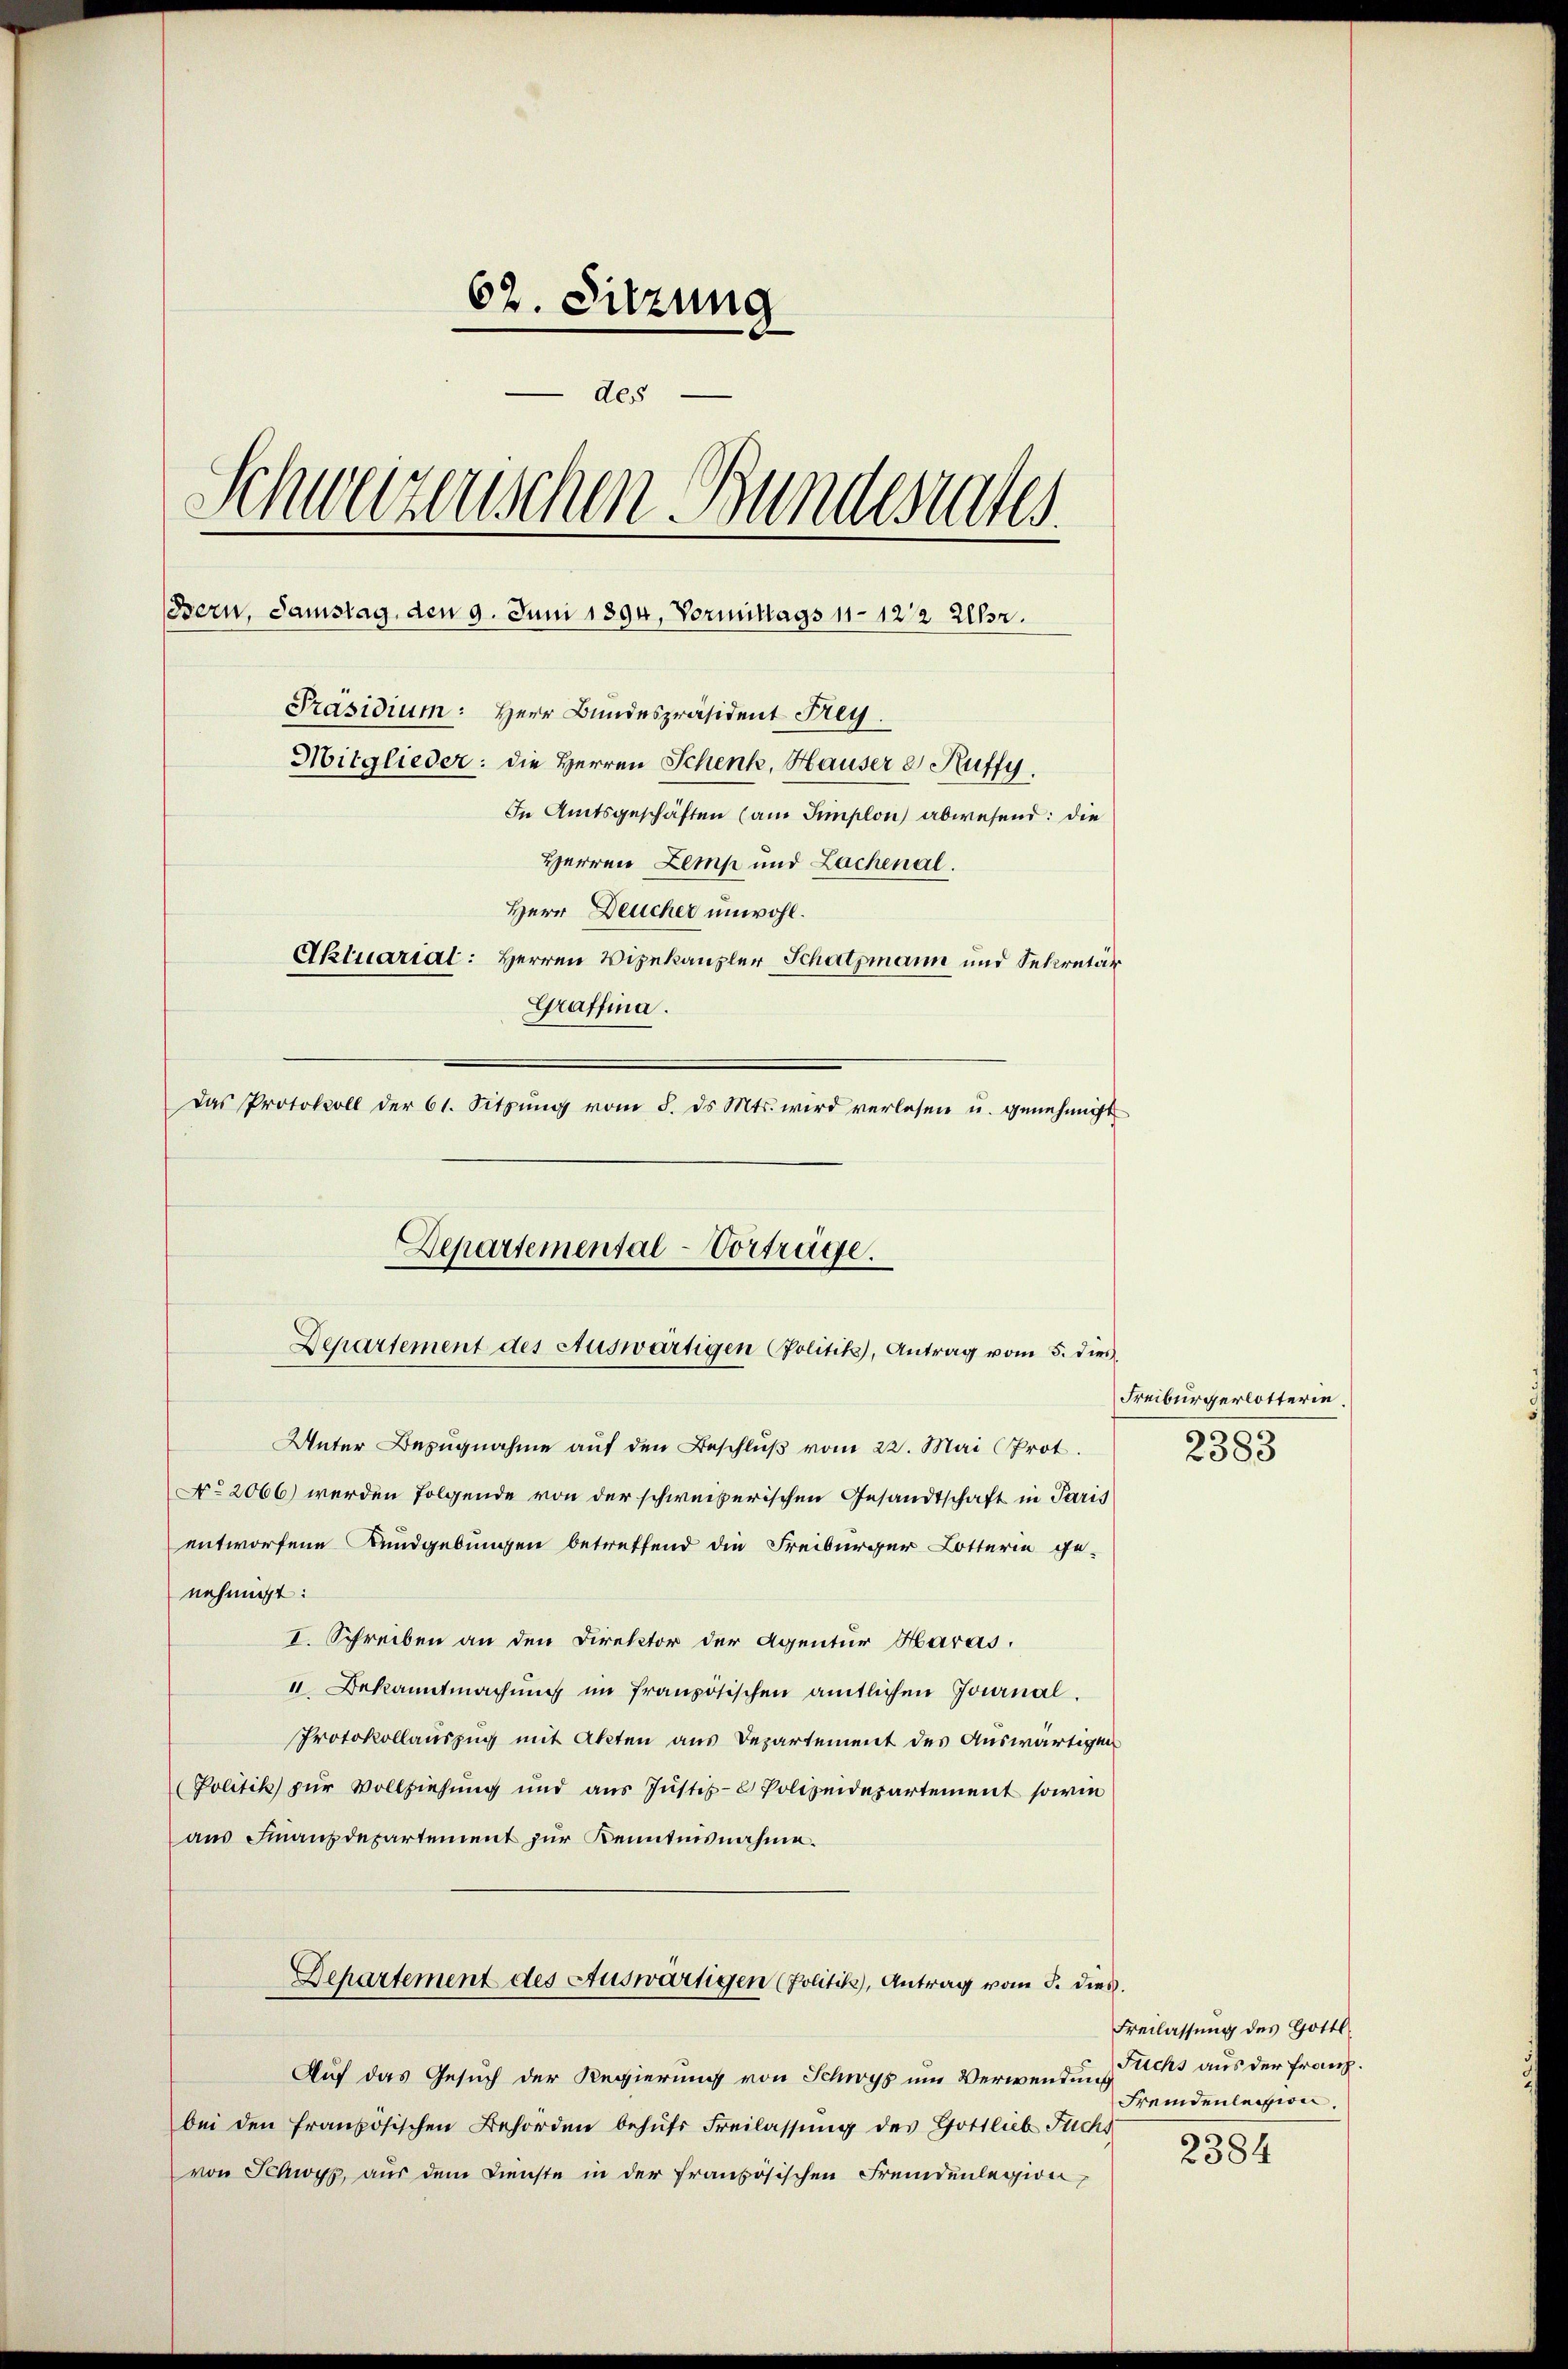
62. Sitzung
des
Schweizerischen Bundesrates
Bern, Samstag, den 9. Juni 1894, Vormittags 11122 Uhr.
Präsidium: Herr Bundespräsident Frey.
Mitglieder: die Herren Schenk, Hauser es Ruffy.
In Amtsgeschäften (am Implon abwesend: die
Herren Lemp und Lachenal.
Herr Deucher unwohl.
Aktuariat: Herren Vizekanzler Schatzmann und Sekretär
Graffina.
Das Protokoll der 61. Sitzŭng vom 8. ds. Mts. wird verlesen u. genehmigt

Unter Bezugnahme auf den Beschlŭβ vom 22. Mai (Prot.
No. 2066) werden folgende von der schweizerischen Gesandtschaft in Paris
entworfene Kundgebungen betreffend die Freiburger Lotterie ge-
nehmigt:
I. Schreiben an den Direktor der Agentur Haras.
4. Bekanntmachung im französischen amtlichen Journal¬
Protokollauszug mit Akten aus Departement des Auswärtigen
Politik zur Vollziehung und aŭs Jŭstiz- & Polizeidepartement sowie
aus Finanzdepartement zur Kenntnisnahme.
Departement des Auswärtigen (Politik), Antrag vom 5. dies
Auf das Gesuch der Regierung von Schwyz um Verwendung richs aus der Franz.
bei den französischen Behörden behufs Freilassung des Gottlieb Fuchs
von Schwyz, aus dem Dienste in der französischen Fremdenlegion,

Departemental-Vortrüge.
Departement des Auswärtigen Politik, Antrag vom 5. dies

Freiburgerlotterie.
2383

Freilassung des Gottl.
Fremdenlession.
2384